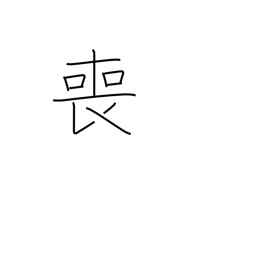
Meaning: miss